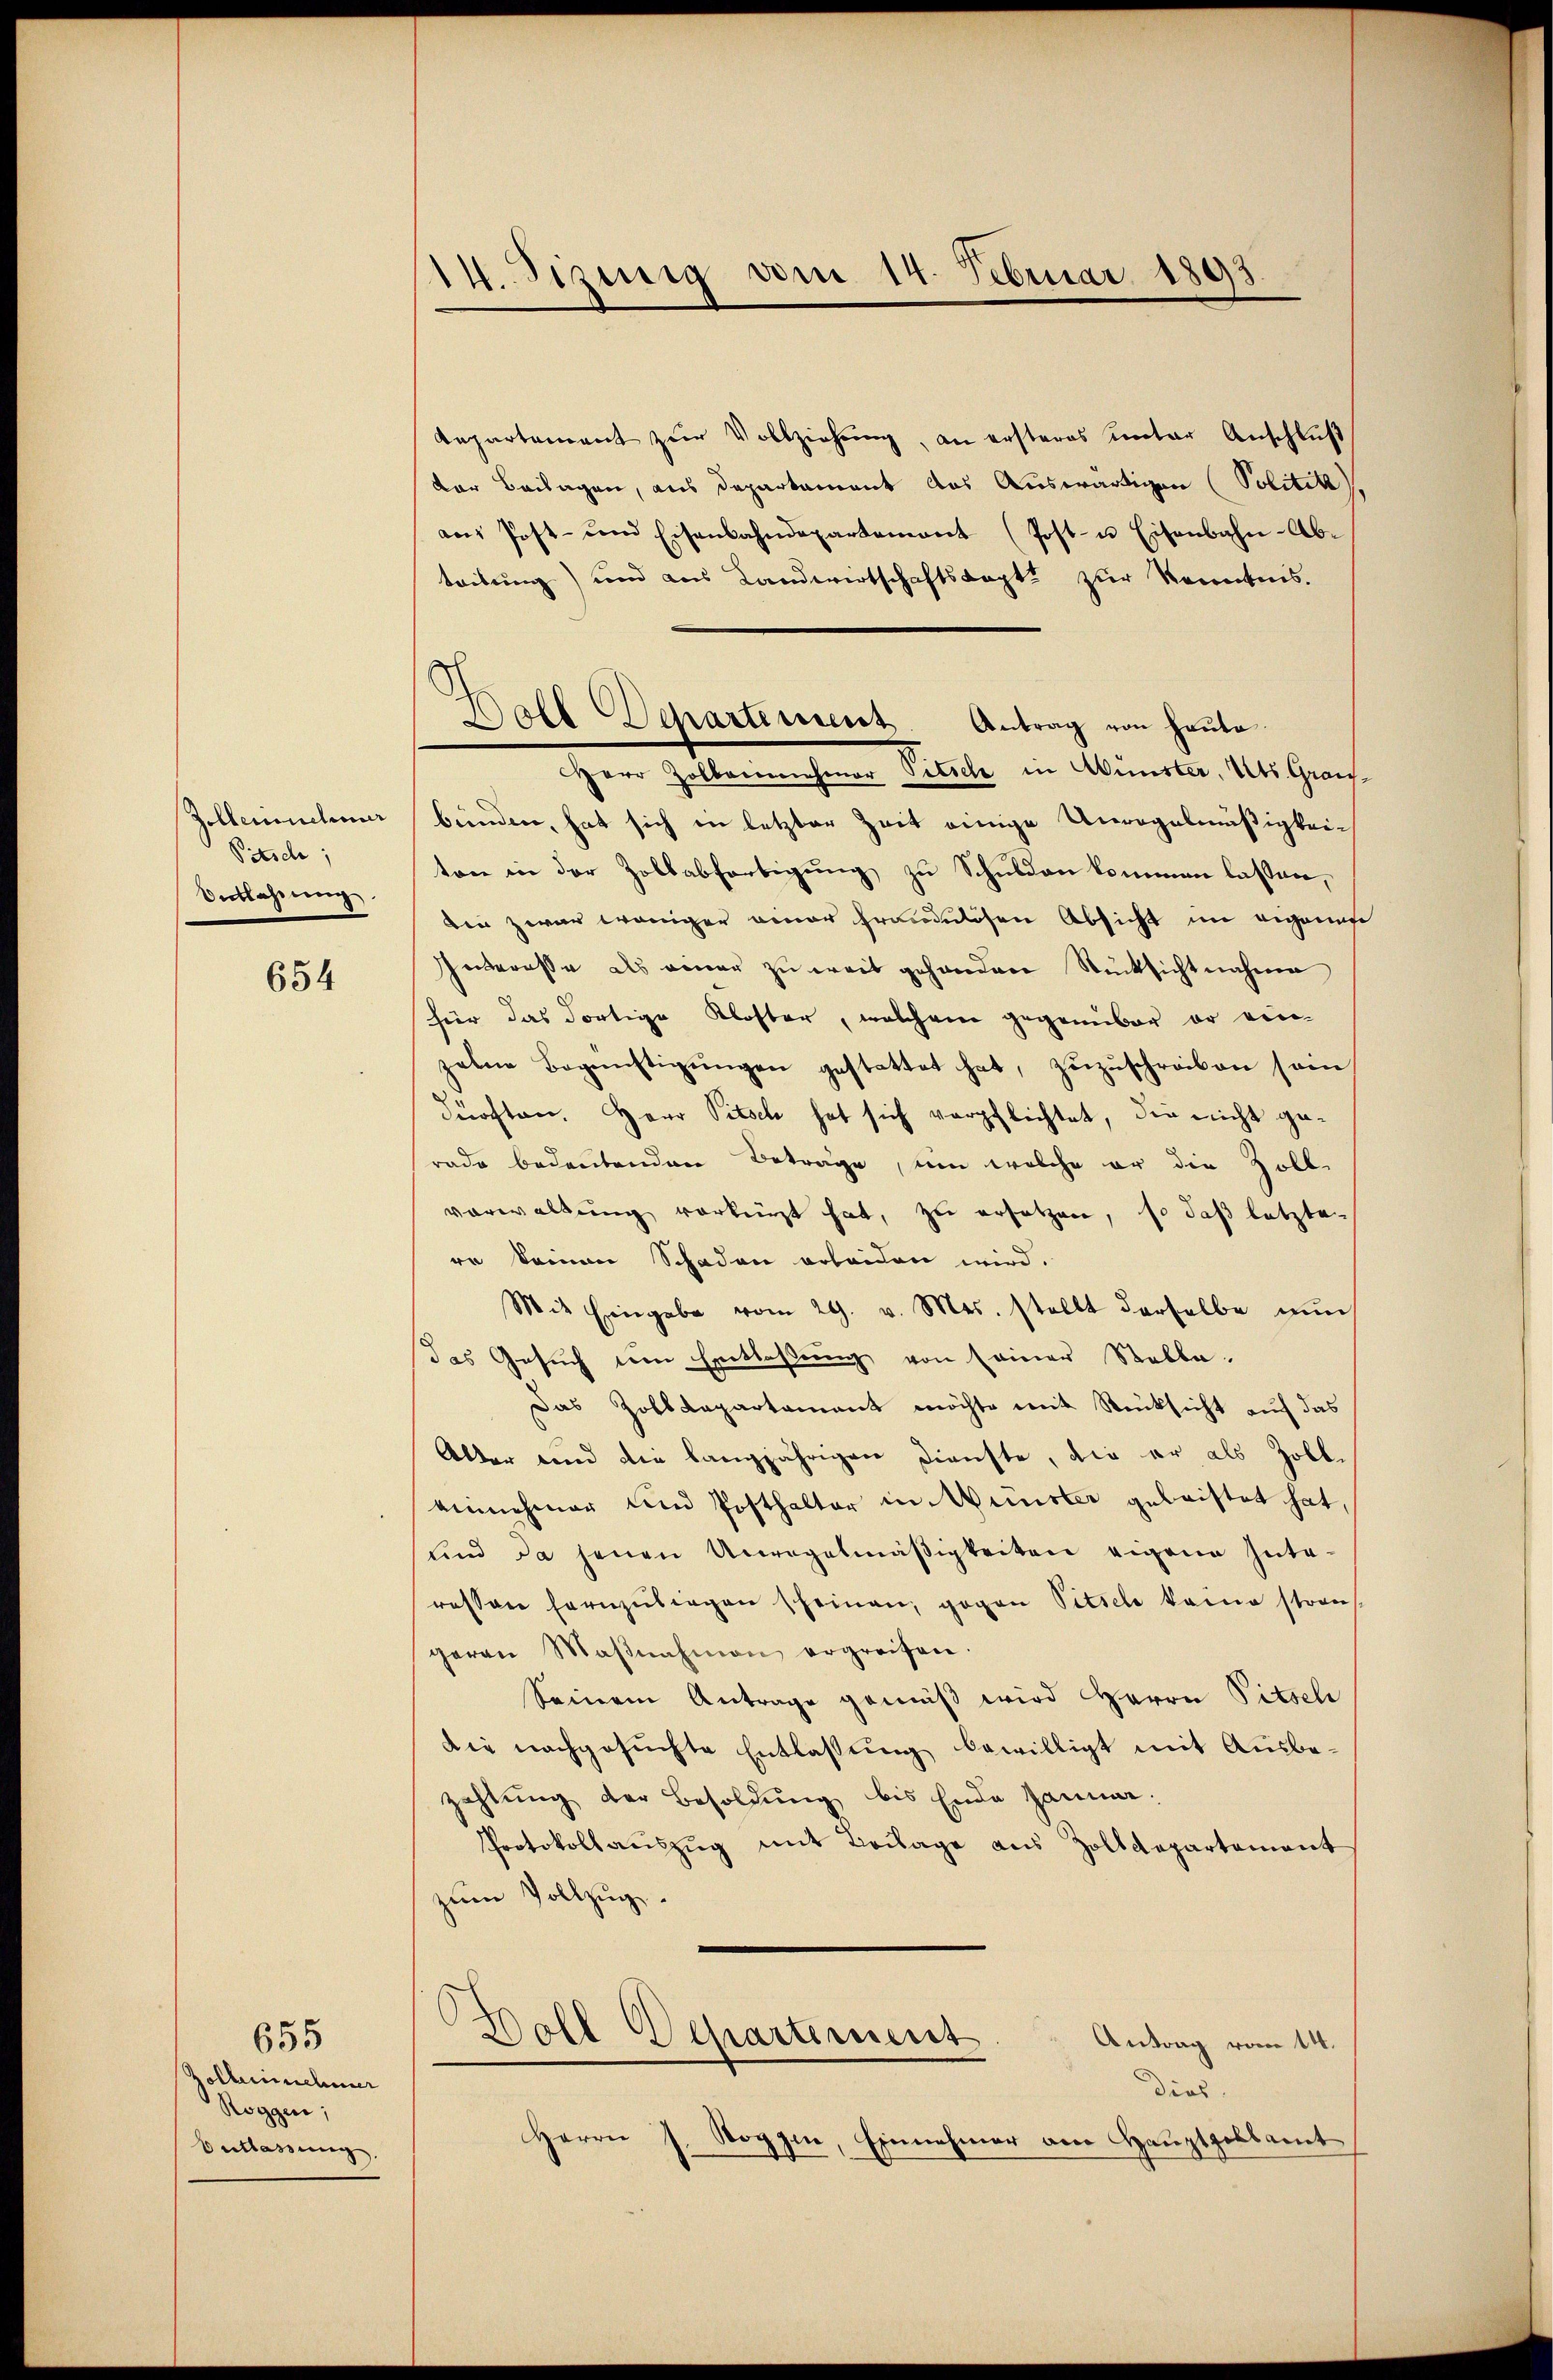
Zolleichnur
Pitsch;
Entlassung.

654

655
zolbeinehmer
Roggen;
Entlassung.

14. Tizinig vom 14. Februar 1893

Repartement zŭr Vollziehŭng, an ersteres ŭnter Anschlŭβ
der Beilagen, aus Departament das Auswärtigen (Politik.
ans Post- und Eisenbahndepartement (Post- u Eisenbahn-Ab-
teibung) und aus Landwirtschaftskapt zur Kenntnis.
HHerr Zolbornehmer Titel in Wünster. Mts. Grausbünden, hat sich in letzter Zeit einige Unregelmäßigkeiton in der Zollabfertigung zu Schulden kommen lassen,
die zwar weniger einer fraudulosen Absicht im eigenere
Interesse als einer zu weit gehanden Rücksichtnahme
für das dortige Kloster, welchem gegenüber er ver-
zelne Begünstigŭngen gestattet hat, zŭzŭschreiben sein,
durchten. Herr Pitsch hat sich verpflichtet, die nicht gerade bedeutenden Beträge, um welche er die Zoll-
vorwaltung verkürzt hat, zu ersetzen, so daß letzte
re keinen Schaden erleiden wird.
Mit Eingabe vom 29. v. Ms. stellt derselbe nun
das Gesuch um Entlaßung von seiner Stelle-
Das Zolldepartement möchte mit Rücksicht auf das
Alter und die langjährigen Dienste, die er als Zoll-
einnnehmer und Posthalter in Münster geleistet hat,
uind da jenen Unregelmäßigkeiten eigene Inte-
ressene Fornzŭtragen scheinen, gegen Pitsche kam strans
geren Maβnahmen ergreifen.
Seinem Antrage gemäß wird Herrn Pitsch
die nachgesuchte Entlassung bewilligt mit Ausbezahlung der Besoldung bis Ende sammen.
Protokoll aŭszŭg mit Beilage aus Zolldepartement
zum Vollzug.
Boll Departement
Antrag vom 14.
dias.
Herrn J. Roggen, Einnehmer am Haŭptpelsamt

.
Boll Departement Antrag von heute